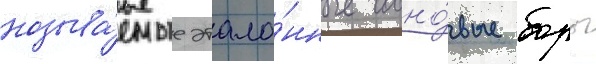
называ́емые этало́нные сосно́вые боры